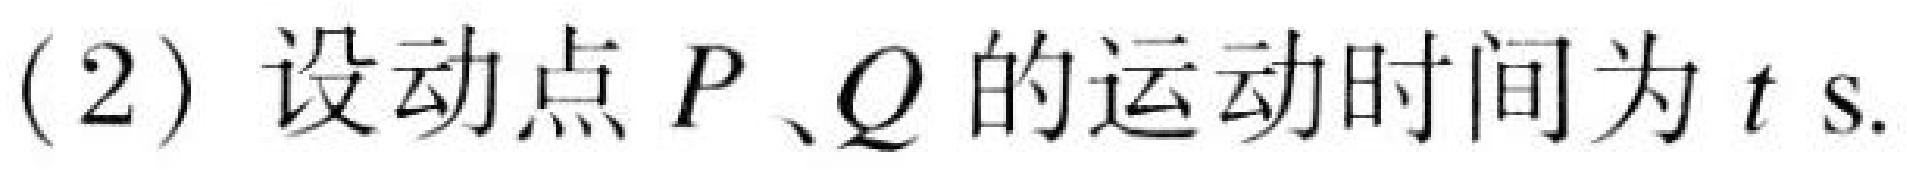
(2) 设动点\(P、Q\)的运动时间为\(t\ \text{s}\).